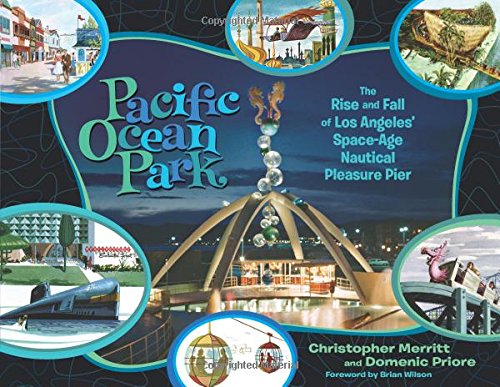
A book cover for Pacific Ocean Park: The Rise and Fall of Los Angeles' Space Age Nautical Pleasure Pier; Christopher Merritt; Arts & Photography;